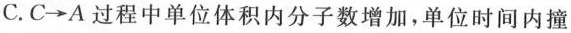
C.C\rightarrow A过程中单位体积内分子数增加，单位时间内撞